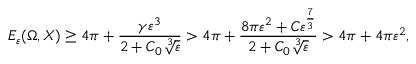
E _ { \varepsilon } ( \Omega , X ) \geq 4 \pi + \frac { \gamma \varepsilon ^ { 3 } } { 2 + C _ { 0 } \sqrt [ 3 ] { \varepsilon } } > 4 \pi + \frac { 8 \pi \varepsilon ^ { 2 } + C \varepsilon ^ { \frac { 7 } { 3 } } } { 2 + C _ { 0 } \sqrt [ 3 ] { \varepsilon } } > 4 \pi + 4 \pi \varepsilon ^ { 2 } ,